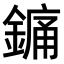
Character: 𨪞